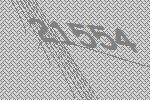
21554